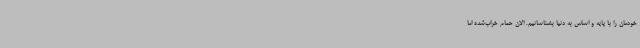
خودمان را با پایه و اساس به دنیا بشناسانیم. الان حمام خراب‌شده اما